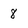
Character: 8